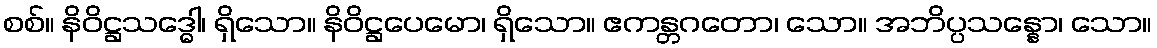
စစ်။ နိဝိဋ္ဌသဒ္ဓေါ၊ ရှိသော။ နိဝိဋ္ဌပေမော၊ ရှိသော။ ဧကန္တဂတော၊ သော။ အဘိပ္ပသန္နော၊ သော။